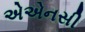
એએનસી